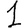
Digit: 1